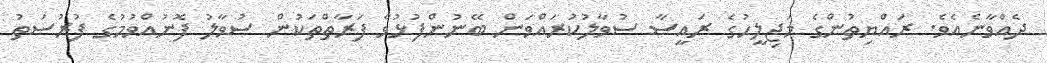
ދެއްވާނެއެވެ. ރައްޔިތުންގެ މަޖިލީހުގެ ރައީސާ ސުވާލުކުރައްވަން ބޭނުންފުޅުވާ ފަރާތްތަކުން ސުވާލު ފޮނުއްވުމުގެ ފުރުޞަތު